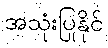
အသုံးပြုနိုင်